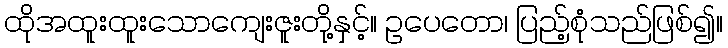
ထိုအထူးထူးသောကျေးဇူးတို့နှင့်။ ဥပေတော၊ ပြည့်စုံသည်ဖြစ်၍။